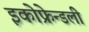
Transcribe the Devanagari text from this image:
इकोफ्रेन्डली